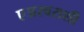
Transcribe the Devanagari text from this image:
एअरबसशी